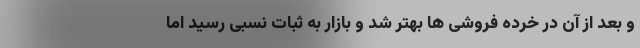
و بعد از آن در خرده فروشی ها بهتر شد و بازار به ثبات نسبی رسید اما